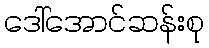
ဒေါ်အောင်ဆန်းစု